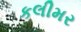
કલીમર